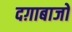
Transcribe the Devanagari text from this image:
दग़ाबाजों